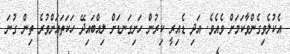
އެކުލެވިގެންވާކަމަށް ވެއެވެ. އަދި ޑެއިރީ ކިރުން ހަށިގަނޑަށް ލިއްބައިދޭ ހަކަތައަށްވުރެ ތިން ގުނަ